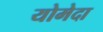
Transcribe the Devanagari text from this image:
योमेदा